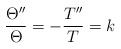
\begin{align*}\begin{aligned}\frac{\Theta''}{\Theta}=-\frac{T''}{T}=k\\\end{aligned}\end{align*}